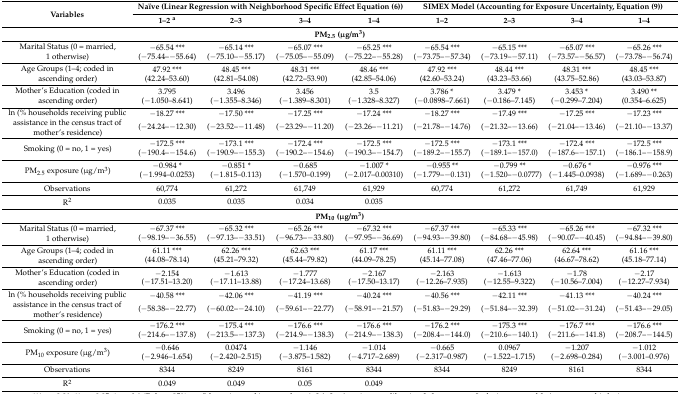
<table><thead><tr><td rowspan="2"><b>Variables</b></td><td colspan="4"><b>Naïve (Linear Regression with Neighborhood Specific Effect Equation (6))</b></td><td colspan="4"><b>SIMEX Model (Accounting for Exposure Uncertainty, Equation (9))</b></td></tr><tr><td><b>1–2 <sup>a</sup></b></td><td><b>2–3</b></td><td><b>3–4</b></td><td><b>1–4</b></td><td><b>1–2</b></td><td><b>2–3</b></td><td><b>3–4</b></td><td><b>1–4</b></td></tr></thead><tbody><tr><td colspan="9"><b>PM<sub>2.5</sub> (μg/m<sup>3</sup>)</b></td></tr><tr><td rowspan="2">Marital Status (0 = married, 1 otherwise)</td><td>−65.54 ***</td><td>−65.14 ***</td><td>−65.07 ***</td><td>−65.25 ***</td><td>−65.54 ***</td><td>−65.15 ***</td><td>−65.07 ***</td><td>−65.26 ***</td></tr><tr><td>(−75.44–−55.64)</td><td>(−75.10–−55.17)</td><td>(−75.05–−55.09)</td><td>(−75.22–−55.28)</td><td>(−73.75–−57.34)</td><td>(−73.19–−57.11)</td><td>(−73.57–−56.57)</td><td>(−73.78–−56.74)</td></tr><tr><td rowspan="2">Age Groups (1–4; coded in ascending order)</td><td>47.92 ***</td><td>48.45 ***</td><td>48.31 ***</td><td>48.46 ***</td><td>47.92 ***</td><td>48.44 ***</td><td>48.31 ***</td><td>48.45 ***</td></tr><tr><td>(42.24–53.60)</td><td>(42.81–54.08)</td><td>(42.72–53.90)</td><td>(42.85–54.06)</td><td>(42.60–53.24)</td><td>(43.23–53.66)</td><td>(43.75–52.86)</td><td>(43.03–53.87)</td></tr><tr><td rowspan="2">Mother’s Education (coded in ascending order)</td><td>3.795</td><td>3.496</td><td>3.456</td><td>3.5</td><td>3.786 *</td><td>3.479 *</td><td>3.453 *</td><td>3.490 **</td></tr><tr><td>(−1.050–8.641)</td><td>(−1.355–8.346)</td><td>(−1.389–8.301)</td><td>(−1.328–8.327)</td><td>(−0.0898–7.661)</td><td>(−0.186–7.145)</td><td>(−0.299–7.204)</td><td>(0.354–6.625)</td></tr><tr><td rowspan="2">ln (% households receiving public assistance in the census tract of mother’s residence)</td><td>−18.27 ***</td><td>−17.50 ***</td><td>−17.25 ***</td><td>−17.24 ***</td><td>−18.27 ***</td><td>−17.49 ***</td><td>−17.25 ***</td><td>−17.23 ***</td></tr><tr><td>(−24.24–−12.30)</td><td>(−23.52–−11.48)</td><td>(−23.29–−11.20)</td><td>(−23.26–−11.21)</td><td>(−21.78–−14.76)</td><td>(−21.32–−13.66)</td><td>(−21.04–−13.46)</td><td>(−21.10–−13.37)</td></tr><tr><td rowspan="2">Smoking (0 = no, 1 = yes)</td><td>−172.5 ***</td><td>−173.1 ***</td><td>−172.4 ***</td><td>−172.5 ***</td><td>−172.5 ***</td><td>−173.1 ***</td><td>−172.4 ***</td><td>−172.5 ***</td></tr><tr><td>(−190.4–−154.6)</td><td>(−190.9–−155.3)</td><td>(−190.2–−154.6)</td><td>(−190.3–−154.7)</td><td>(−189.2–−155.7)</td><td>(−189.1–−157.0)</td><td>(−187.6–−157.1)</td><td>(−186.1–−158.9)</td></tr><tr><td rowspan="2">PM<sub>2.5</sub> exposure (μg/m<sup>3</sup>)</td><td>−0.984 *</td><td>−0.851 *</td><td>−0.685</td><td>−1.007 *</td><td>−0.955 **</td><td>−0.799 **</td><td>−0.676 *</td><td>−0.976 ***</td></tr><tr><td>(−1.994–0.0253)</td><td>(−1.815–0.113)</td><td>(−1.570–0.199)</td><td>(−2.017–0.00310)</td><td>(−1.779–−0.131)</td><td>(−1.520–−0.0777)</td><td>(−1.445–0.0938)</td><td>(−1.689–−0.263)</td></tr><tr><td>Observations</td><td>60,774</td><td>61,272</td><td>61,749</td><td>61,929</td><td>60,774</td><td>61,272</td><td>61,749</td><td>61,929</td></tr><tr><td>R<sup>2</sup></td><td>0.035</td><td>0.035</td><td>0.034</td><td>0.035</td><td></td><td></td><td></td><td></td></tr><tr><td colspan="9"><b>PM<sub>10</sub> (μg/m<sup>3</sup>)</b></td></tr><tr><td rowspan="2">Marital Status (0 = married, 1 otherwise)</td><td>−67.37 ***</td><td>−65.32 ***</td><td>−65.26 ***</td><td>−67.32 ***</td><td>−67.37 ***</td><td>−65.33 ***</td><td>−65.26 ***</td><td>−67.32 ***</td></tr><tr><td>(−98.19–−36.55)</td><td>(−97.13–−33.51)</td><td>(−96.73–−33.80)</td><td>(−97.95–−36.69)</td><td>(−94.93–−39.80)</td><td>(−84.68–−45.98)</td><td>(−90.07–−40.45)</td><td>(−94.84–−39.80)</td></tr><tr><td rowspan="2">Age Groups (1–4; coded in ascending order)</td><td>61.11 ***</td><td>62.26 ***</td><td>62.63 ***</td><td>61.17 ***</td><td>61.11 ***</td><td>62.26 ***</td><td>62.64 ***</td><td>61.16 ***</td></tr><tr><td>(44.08–78.14)</td><td>(45.21–79.32)</td><td>(45.44–79.82)</td><td>(44.09–78.25)</td><td>(45.14–77.08)</td><td>(47.46–77.06)</td><td>(46.67–78.62)</td><td>(45.18–77.14)</td></tr><tr><td rowspan="2">Mother’s Education (coded in ascending order)</td><td>−2.154</td><td>−1.613</td><td>−1.777</td><td>−2.167</td><td>−2.163</td><td>−1.613</td><td>−1.78</td><td>−2.17</td></tr><tr><td>(−17.51–13.20)</td><td>(−17.11–13.88)</td><td>(−17.24–13.68)</td><td>(−17.50–13.17)</td><td>(−12.26–7.935)</td><td>(−12.55–9.322)</td><td>(−10.56–7.004)</td><td>(−12.27–7.934)</td></tr><tr><td rowspan="2">ln (% households receiving public assistance in the census tract of mother’s residence)</td><td>−40.58 ***</td><td>−42.06 ***</td><td>−41.19 ***</td><td>−40.24 ***</td><td>−40.56 ***</td><td>−42.11 ***</td><td>−41.13 ***</td><td>−40.24 ***</td></tr><tr><td>(−58.38–−22.77)</td><td>(−60.02–−24.10)</td><td>(−59.61–−22.77)</td><td>(−58.91–−21.57)</td><td>(−51.83–−29.29)</td><td>(−51.84–−32.39)</td><td>(−51.02–−31.24)</td><td>(−51.43–−29.05)</td></tr><tr><td rowspan="2">Smoking (0 = no, 1 = yes)</td><td>−176.2 ***</td><td>−175.4 ***</td><td>−176.6 ***</td><td>−176.6 ***</td><td>−176.2 ***</td><td>−175.3 ***</td><td>−176.7 ***</td><td>−176.6 ***</td></tr><tr><td>(−214.6–−137.8)</td><td>(−213.5–−137.3)</td><td>(−214.9–−138.3)</td><td>(−214.9–−138.3)</td><td>(−208.4–−144.0)</td><td>(−210.6–−140.1)</td><td>(−211.6–−141.8)</td><td>(−208.7–−144.5)</td></tr><tr><td rowspan="2">PM<sub>10</sub> exposure (μg/m<sup>3</sup>)</td><td>−0.646</td><td>0.0474</td><td>−1.146</td><td>−1.014</td><td>−0.665</td><td>0.0967</td><td>−1.207</td><td>−1.012</td></tr><tr><td>(−2.946–1.654)</td><td>(−2.420–2.515)</td><td>(−3.875–1.582)</td><td>(−4.717–2.689)</td><td>(−2.317–0.987)</td><td>(−1.522–1.715)</td><td>(−2.698–0.284)</td><td>(−3.001–0.976)</td></tr><tr><td>Observations</td><td>8344</td><td>8249</td><td>8161</td><td>8344</td><td>8344</td><td>8249</td><td>8161</td><td>8344</td></tr><tr><td>R<sup>2</sup></td><td>0.049</td><td>0.049</td><td>0.05</td><td>0.049</td><td></td><td></td><td></td><td></td></tr></tbody></table>